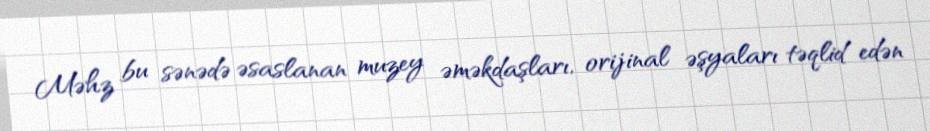
Məhz bu sənədə əsaslanan muzey əməkdaşları, orijinal əşyaları təqlid edən